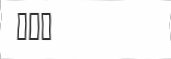
١١٠